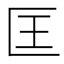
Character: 匡